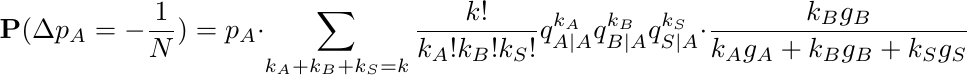
\begin{equation*}
    \mathbf{P}(\Delta p_A = -\frac1N) = p_A \cdot \sum_{k_A+k_B+k_S = k}\frac{k!}{k_A! k_B! k_S!} q_{A|A}^{k_A} q_{B|A}^{k_B} q_{S|A}^{k_S} \cdot \frac{k_Bg_B}{k_A g_A + k_B g_B + k_S g_S}
\end{equation*}